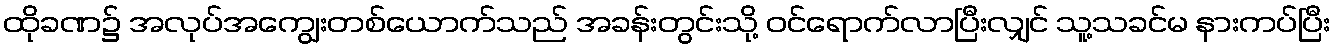
ထိုခဏ၌ အလုပ်အကျွေးတစ်ယောက်သည် အခန်းတွင်းသို့ ဝင်ရောက်လာပြီးလျှင် သူ့သခင်မ နားကပ်ပြီး